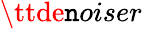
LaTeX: {\ttde\mathtt{n}oiser}